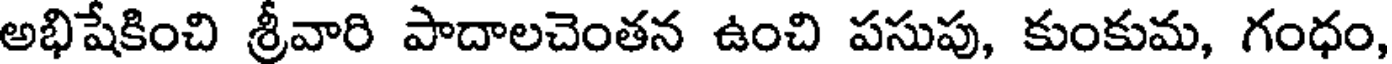
అభిషేకించి శ్రీవారి పాదాలచెంతన ఉంచి పసుపు, కుంకుమ, గంధం,